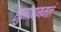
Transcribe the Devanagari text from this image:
सुजात्यममलं